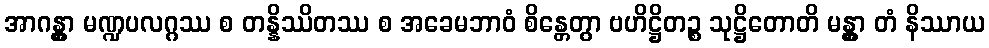
အာဂန္တွာ မဏ္ဍပလဂ္ဂဿ စ တန္နိဿိတဿ စ အခေမဘာဝံ စိန္တေတွာ ဗဟိဋ္ဌိတဉ္စ သုဋ္ဌိတောတိ မန္တွာ တံ နိဿာယ